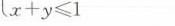
$$x + y \leq 1$$